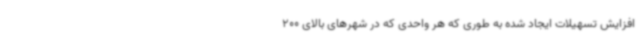
افزایش تسهیلات ایجاد شده به طوری که هر واحدی که در شهرهای بالای 200